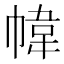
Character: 幃